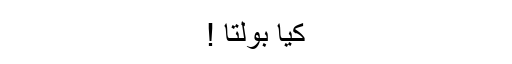
کیا بولتا !